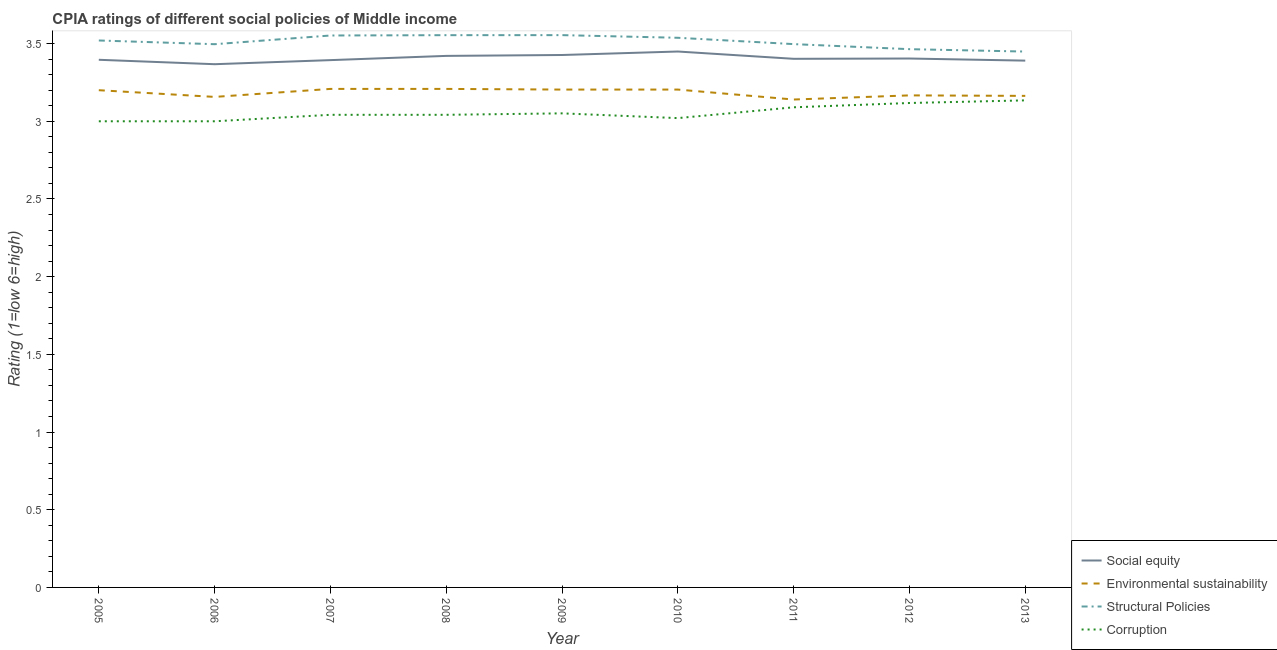
| Year | Social equity | Environmental sustainability | Structural Policies | Corruption |
 | --- | --- | --- | --- | --- |
 | 2005 | 3.4 | 3.2 | 3.52 | 3 |
 | 2006 | 3.37 | 3.16 | 3.5 | 3 |
 | 2007 | 3.39 | 3.21 | 3.55 | 3.04 |
 | 2008 | 3.42 | 3.21 | 3.55 | 3.04 |
 | 2009 | 3.43 | 3.2 | 3.55 | 3.05 |
 | 2010 | 3.45 | 3.2 | 3.54 | 3.02 |
 | 2011 | 3.4 | 3.14 | 3.5 | 3.09 |
 | 2012 | 3.4 | 3.17 | 3.46 | 3.12 |
 | 2013 | 3.39 | 3.16 | 3.45 | 3.13 |